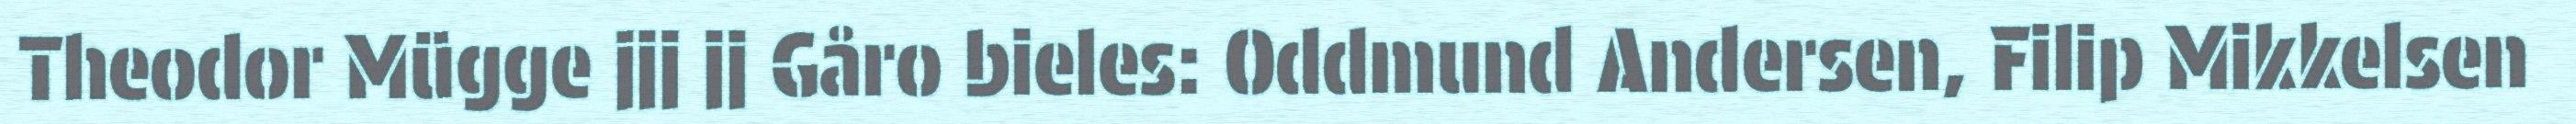
Theodor Mügge jjj jj Gåro bieles: Oddmund Andersen, Filip Mikkelsen